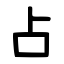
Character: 占